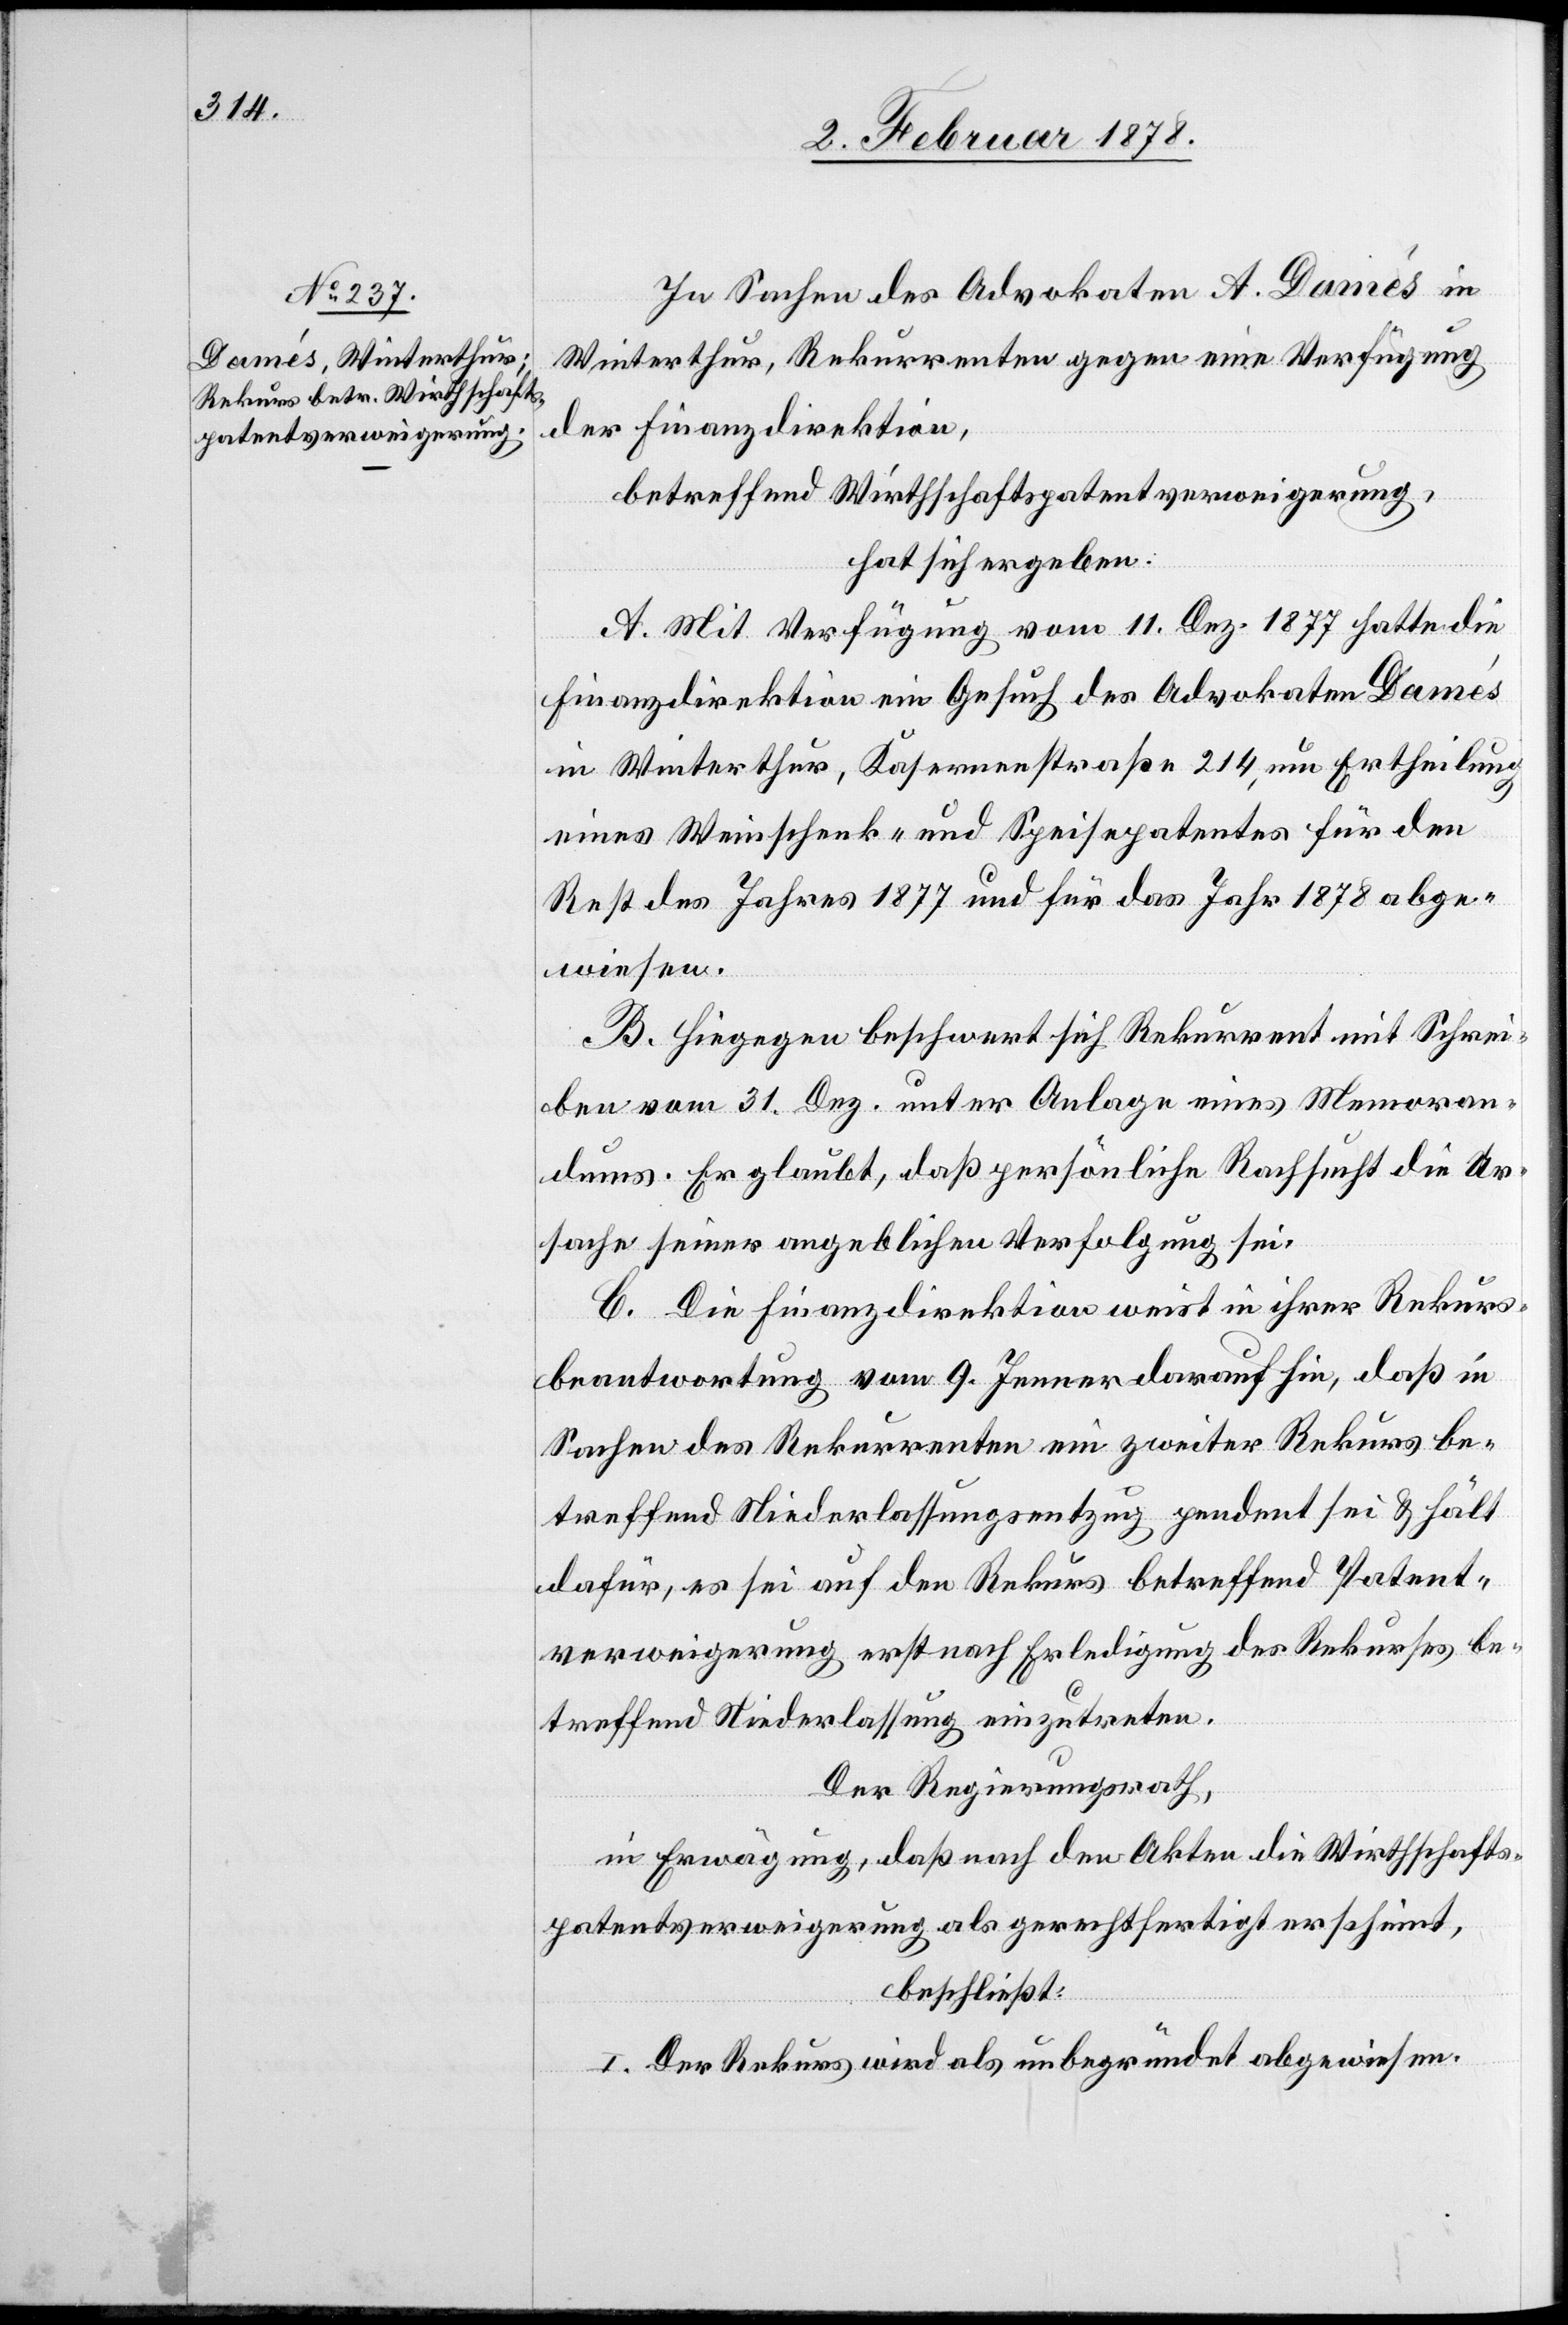
In Sachen des Advokaten A. Damés in
Winterthur, Rekurrenten gegen eine Verfügung
der Finanzdirektion,
betreffend Wirtschaftspatentverweigerung,
hat sich ergeben:
A. Mit Verfügung vom 11. Dez. 1877 hatte die
Finanzdirektion ein Gesuch des Advokaten Damés
in Winterthur, Kasernenstraße 214, um Ertheilung
eines Weinschenk- und Speisepatentes für den
Rest des Jahres 1877 und für das Jahr 1878 abge¬
wiesen.
B. Hiegegen beschwert sich Rekurrent mit Schrei¬
ben vom 31. Dez. unter Anlage eines Memoran¬
dums. Er glaubt, daß persönliche Rachsucht die Ur¬
sache seiner angeblichen Verfolgung sei.
C. Die Finanzdirektion weist in ihrer Rekurs¬
beantwortung vom 9. Jenner darauf hin, daß in
Sachen des Rekurrenten ein zweiter Rekurs be¬
treffend Niederlassungsentzug pendent sei & hält
dafür, es sei auf den Rekurs betreffend Patent¬
verweigerung erst nach Erledigung des Rekurses be¬
treffend Niederlassung einzutreten.
Der Regierungsrath,
in Erwägung, daß nach den Akten die Wirthschafts¬
patentverweigerung als gerechtfertigt erscheint,
beschließt:
I. Der Rekurs wird als unbegründet abgewiesen.